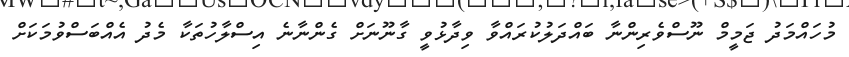
މުހައްމަދު ޖަމީމް ނޫސްވެރިންނާ ބައްދަލުކުރައްވާ ވިދާޅުވީ ގާނޫނަށް ގެންނާނެ އިސްލާހުތަކާ މެދު އެއްބަސްވުމަކަށް